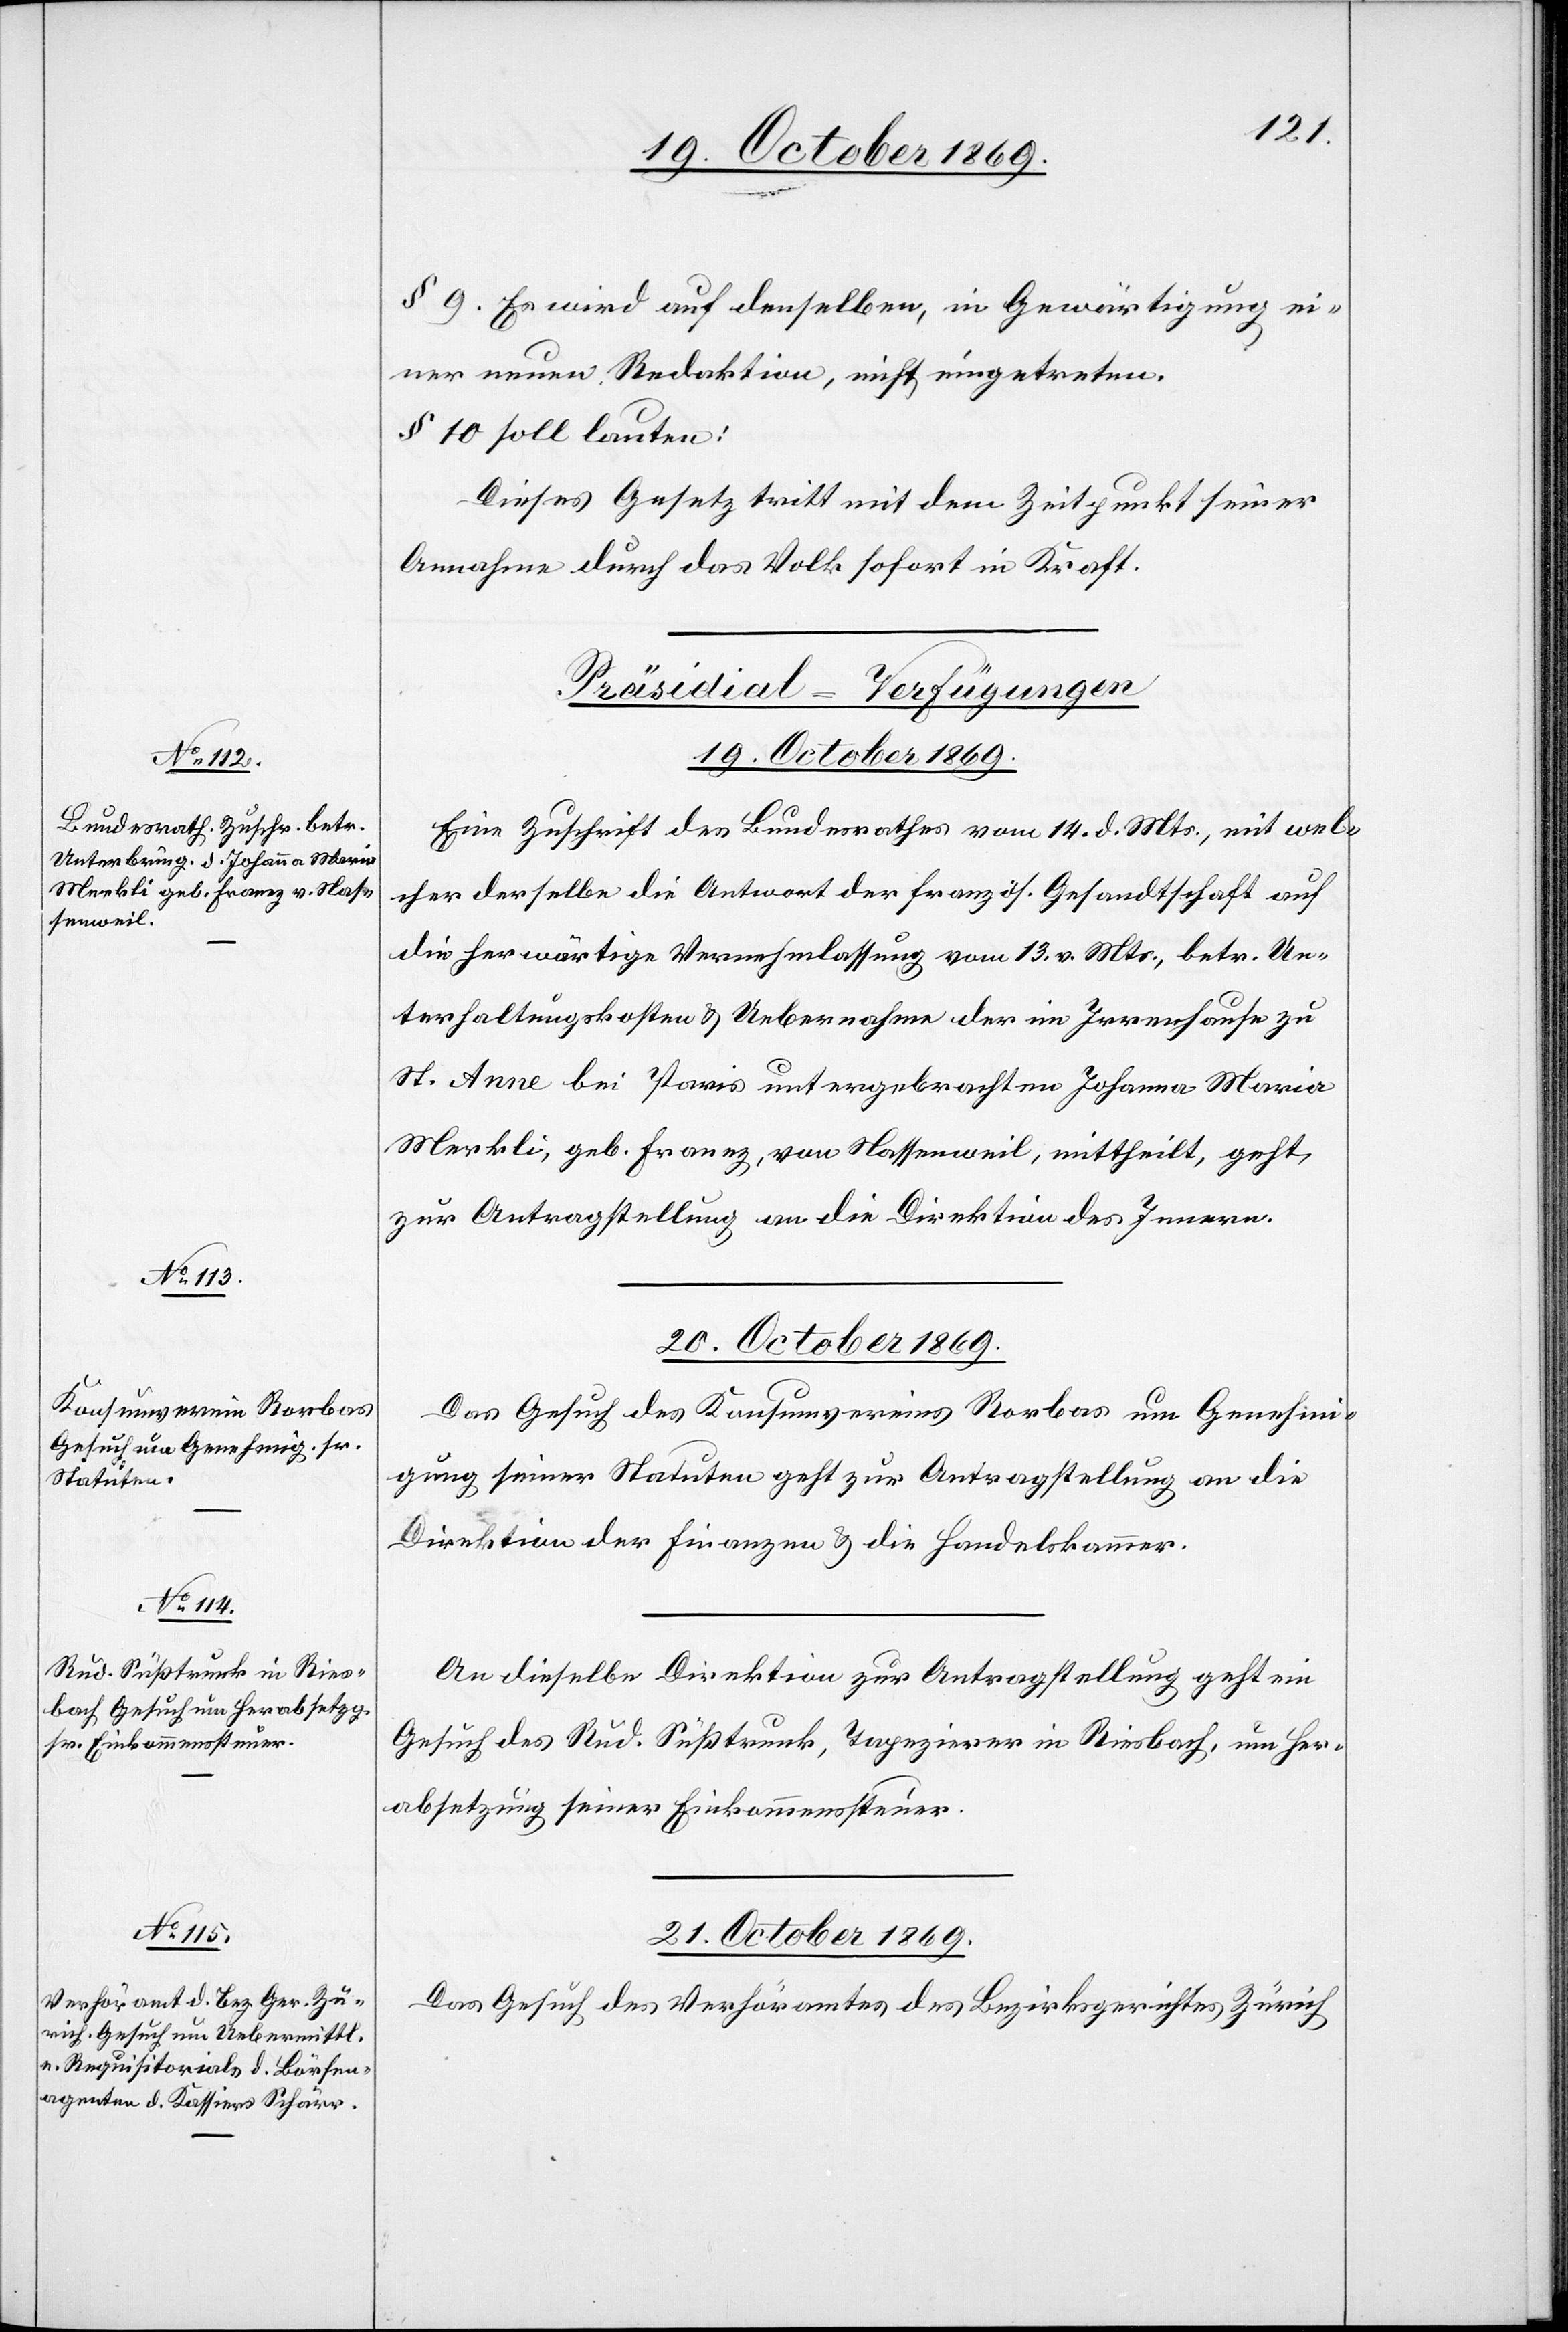
§ 9. Es wird auf denselben, in Gewärtigung ei¬
ner neuen Redaktion, nicht eingetreten.
§ 10. soll lauten:
Dieses Gesetz tritt mit dem Zeitpunkt seiner
Annahme durch das Volk sofort in Kraft.
[Präsidial-Verfügungen]
19. October 1869.
Eine Zuschrift des Bundesrathes vom 14. d. Mts., mit wel¬
cher derselbe die Antwort der französ. Gesandtschaft auf
die herwärtige Vernehmlassung vom 13. v. Mts., betr. Un¬
terhaltungskosten & Uebernahme der im Irrenhause zu
St. Anne bei Paris untergebrachten Johanna Maria
Merkli, geb. Franez, von Nassenweil, mittheilt, geht,
zur Antragstellung an die Direktion des Innern.
20. October 1869.]
Das Gesuch des Konsumvereins Rorbas um Genehmi¬
gung seiner Statuten geht zur Antragstellung an die
Direktion der Finanzen & die Handelskammer.
An dieselbe Direktion zur Antragstellung geht ein
Gesuch des Rud. Süßtrunk, Tapezierer in Riesbach, um Her¬
absetzung seiner Einkommenssteuer.
21. October 1869.
Das Gesuch des Verhöramtes des Bezirksgerichtes Zürich